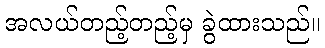
အလယ်တည့်တည့်မှ ခွဲထားသည်။